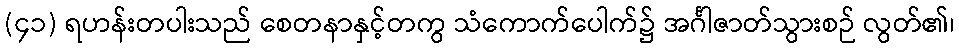
(၄၁) ရဟန်းတပါးသည် စေတနာနှင့်တကွ သံကောက်ပေါက်၌ အင်္ဂါဇာတ်သွားစဉ် လွတ်၏၊